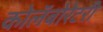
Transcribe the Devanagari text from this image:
कोलॅबोरेटरी